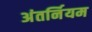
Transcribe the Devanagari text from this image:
अंतर्नियम